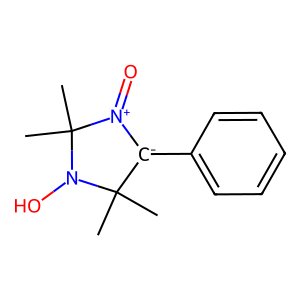
SMILES: CC1(C)[C-](c2ccccc2)[N+](=O)C(C)(C)N1O
Inhibits HIV replication: No